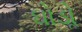
ઘોડોૢ